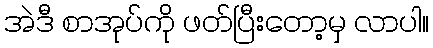
အဲဒီ စာအုပ်ကို ဖတ်ပြီးတော့မှ လာပါ။